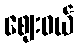
ဈေးဝယ်